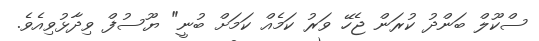
ސްކޫލް ބަންދު ކުރަން ޖެހޭ ވަރު ކަމެއް ކަމަށް ބުނީ" ޔޫސުފް ވިދާޅުވިއެވެ.